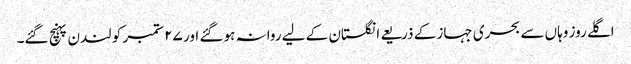
اگلے روز وہاں سے بحری جہاز کے ذریعے انگلستان کے لیے روانہ ہو گئے اور ٢۷ ستمبر کو لندن پہنچ گئے۔